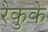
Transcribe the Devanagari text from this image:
रैकुके